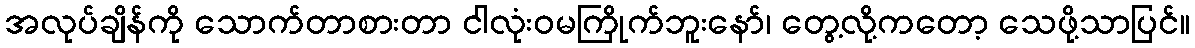
အလုပ်ချိန်ကို သောက်တာစားတာ ငါလုံးဝမကြိုက်ဘူးနော်၊ တွေ့လို့ကတော့ သေဖို့သာပြင်။